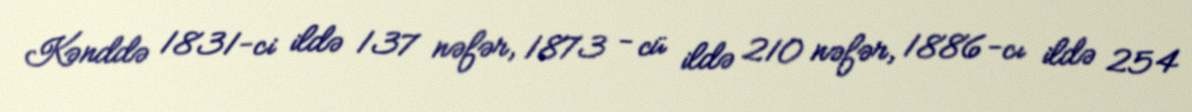
Kənddə 1831-ci ildə 137 nəfər, 1873 - cü ildə 210 nəfər, 1886-cı ildə 254